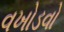
વખોડવો